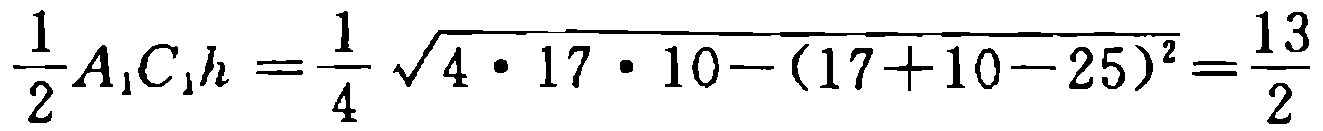
$\frac{1}{2}A_{1}C_{1}h=\frac{1}{4}\sqrt{4\cdot17\cdot10-(17 + 10 - 25)^{2}}=\frac{13}{2}$